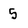
Character: 5